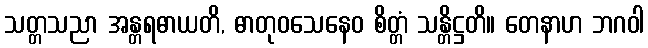
သတ္တသညာ အန္တရဓာယတိ, ဓာတုဝသေနေဝ စိတ္တံ သန္တိဋ္ဌတိ။ တေနာဟ ဘဂဝါ